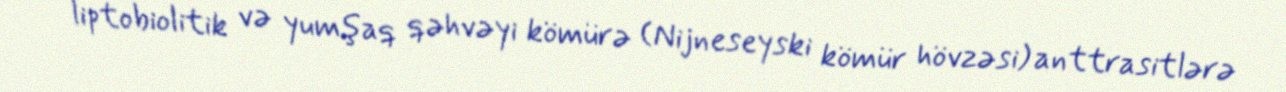
liptobiolitik və yumşaq qəhvəyi kömürə (Nijneseyski kömür hövzəsi) anttrasitlərə